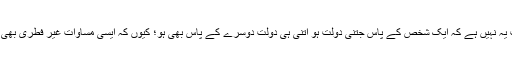
معاشی مساوات کا مطلب یہ نہیں ہے کہ ایک شخص کے پاس جتنی دولت ہو اتنی ہی دولت دوسرے کے پاس بھی ہو؛ کیوں کہ ایسی مساوات غیر فطری بھی ہے اور ناقابلِ عمل بھی۔